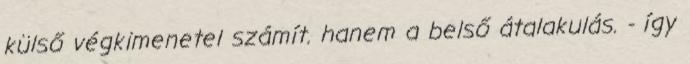
külső végkimenetel számít. hanem a belső átalakulás. - így